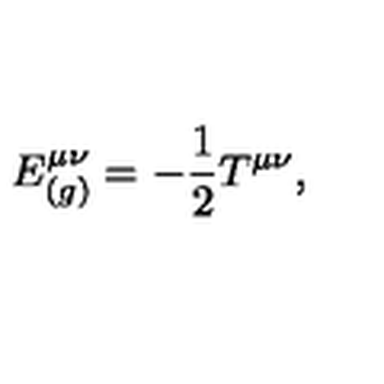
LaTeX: E _ { ( g ) } ^ { \mu \nu } = - \frac 1 2 T ^ { \mu \nu } ,